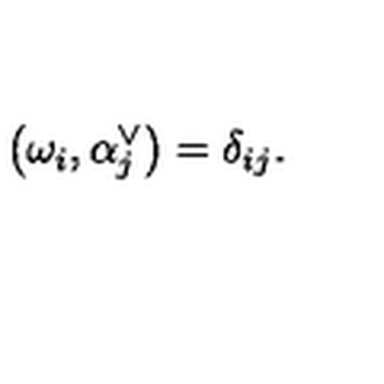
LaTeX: \left( \omega _ { i } , \alpha _ { j } ^ { \vee } \right) = \delta _ { i j } .